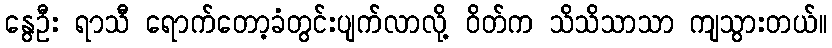
နွေဦး ရာသီ ရောက်တော့ခံတွင်းပျက်လာလို့ ဝိတ်က သိသိသာသာ ကျသွားတယ်။